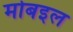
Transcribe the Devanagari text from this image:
मोबइल